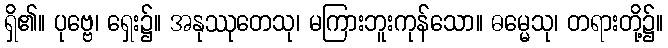
ရှိ၏။ ပုဗ္ဗေ၊ ရှေး၌။ အနုဿုတေသု၊ မကြားဘူးကုန်သော။ ဓမ္မေသု၊ တရားတို့၌။